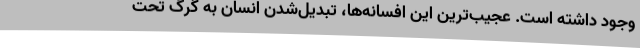
وجود داشته است. عجیب‌ترین این افسانه‌ها، تبدیل‌شدن انسان به گرگ تحت